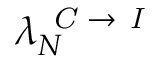
\lambda _ { N } ^ { \textit { C } \rightarrow \textit { I } }